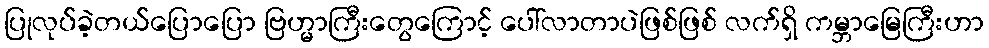
ပြုလုပ်ခဲ့တယ်ပြောပြော ဗြဟ္မာကြီးတွေကြောင့် ပေါ်လာတာပဲဖြစ်ဖြစ် လက်ရှိ ကမ္ဘာမြေကြီးဟာ